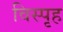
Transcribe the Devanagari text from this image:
विस्पृह